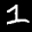
Label: 1